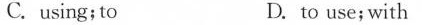
C. using;to D. to use; with